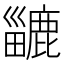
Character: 𪋍